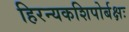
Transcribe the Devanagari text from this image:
हिरन्यकशिपोर्बक्षः